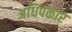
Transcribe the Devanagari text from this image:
अधिपकार